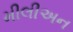
મીલીઅન